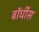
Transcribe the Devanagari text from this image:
बॉर्घीस